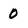
Character: 0